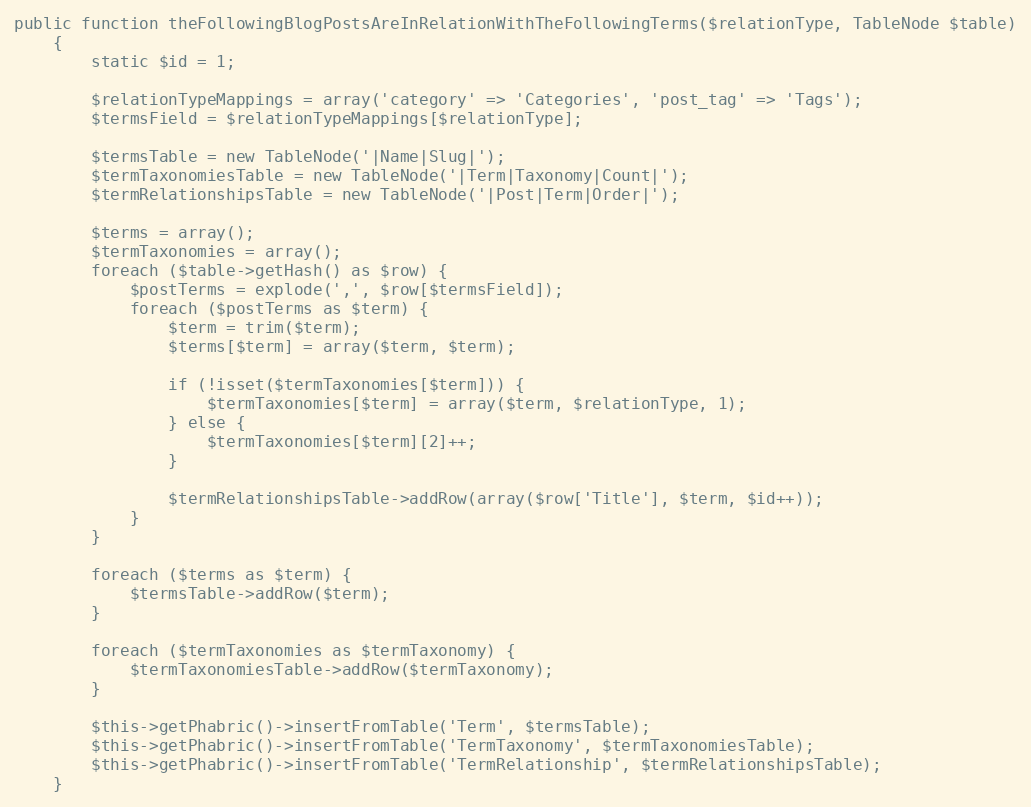
Language: PHP
public function theFollowingBlogPostsAreInRelationWithTheFollowingTerms($relationType, TableNode $table)
    {
        static $id = 1;

        $relationTypeMappings = array('category' => 'Categories', 'post_tag' => 'Tags');
        $termsField = $relationTypeMappings[$relationType];

        $termsTable = new TableNode('|Name|Slug|');
        $termTaxonomiesTable = new TableNode('|Term|Taxonomy|Count|');
        $termRelationshipsTable = new TableNode('|Post|Term|Order|');

        $terms = array();
        $termTaxonomies = array();
        foreach ($table->getHash() as $row) {
            $postTerms = explode(',', $row[$termsField]);
            foreach ($postTerms as $term) {
                $term = trim($term);
                $terms[$term] = array($term, $term);

                if (!isset($termTaxonomies[$term])) {
                    $termTaxonomies[$term] = array($term, $relationType, 1);
                } else {
                    $termTaxonomies[$term][2]++;
                }

                $termRelationshipsTable->addRow(array($row['Title'], $term, $id++));
            }
        }

        foreach ($terms as $term) {
            $termsTable->addRow($term);
        }

        foreach ($termTaxonomies as $termTaxonomy) {
            $termTaxonomiesTable->addRow($termTaxonomy);
        }

        $this->getPhabric()->insertFromTable('Term', $termsTable);
        $this->getPhabric()->insertFromTable('TermTaxonomy', $termTaxonomiesTable);
        $this->getPhabric()->insertFromTable('TermRelationship', $termRelationshipsTable);
    }